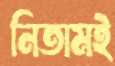
নিতামই